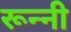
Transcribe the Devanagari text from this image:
रून्नी